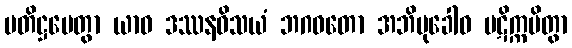
ပတိဋ္ဌပေတွာ ယာဝ ဒဿနဝိသယံ ဘဂဝတော အဘိမုခေါဝ ပဋိက္ကမိတွာ